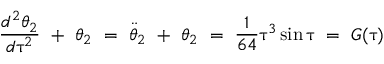
\frac { d ^ { 2 } \theta _ { 2 } } { d \uptau ^ { 2 } } \ + \ \theta _ { 2 } \ = \ \Ddot { \theta } _ { 2 } \ + \ \theta _ { 2 } \ = \ \frac { 1 } { 6 4 } \uptau ^ { 3 } \sin { \uptau } \ = \ G ( \uptau )